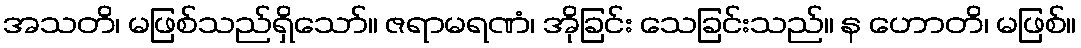
အသတိ၊ မဖြစ်သည်ရှိသော်။ ဇရာမရဏံ၊ အိုခြင်း သေခြင်းသည်။ န ဟောတိ၊ မဖြစ်။